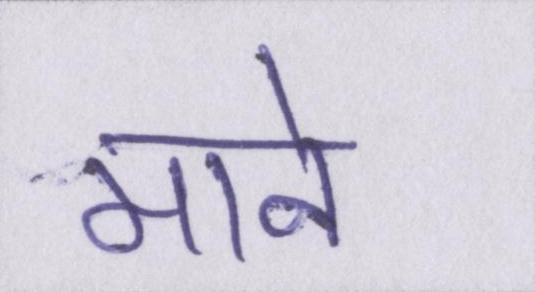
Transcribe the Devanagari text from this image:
माने